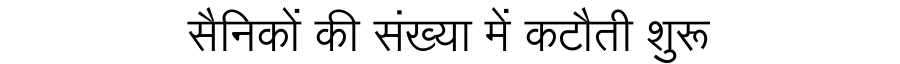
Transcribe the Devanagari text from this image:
सैनिकों की संख्या में कटौती शुरू